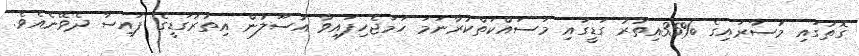
ގޮތުގައި މުސާރައިގެ %35އިތުރު ގަޑީގައި މަސައްކަތްކުރާނަމަ ހަމަޖެހިފައިވާ އުސޫލުން އިތުރުގަޑީގެ ފައިސާ ދެވޭނެއެވެ.